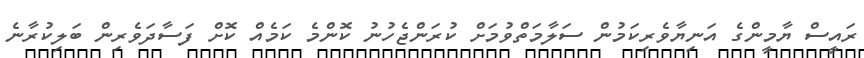
ރައީސް ޔާމީންގެ އަނިޔާވެރިކަމުން ސަލާމަތްވުމަށް ކުރަންޖެހުނު ކޮންމެ ކަމެއް ކޮށް ފަސާދަވެރިން ބަލިކުރާނެ